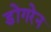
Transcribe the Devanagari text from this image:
डोंगरेन